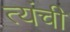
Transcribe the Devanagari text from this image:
त्यंची